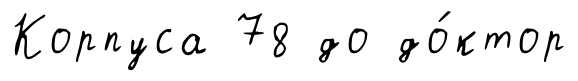
Корпуса 78 до до́ктор